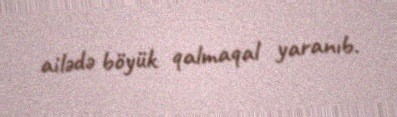
ailədə böyük qalmaqal yaranıb.